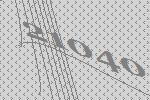
21040